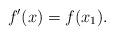
LaTeX: \begin{align*} f'(x)=f(x_1).\end{align*}